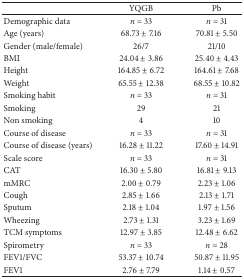
|  | YQGB | Pb |
 | --- | --- | --- |
 | Demographic data | n = 33 | n = 31 |
 | Age (years) | 68.73 ± 7.16 | 70.81 ± 5.50 |
 | Gender (male/female) | 26/7 | 21/10 |
 | BMI | 24.04 ± 3.86 | 25.40 ± 4.43 |
 | Height | 164.85 ± 6.72 | 164.61 ± 7.68 |
 | Weight | 65.55 ± 12.38 | 68.55 ± 10.82 |
 | Smoking habit | n = 33 | n = 31 |
 | Smoking | 29 | 21 |
 | Non smoking | 4 | 10 |
 | Course of disease | n = 33 | n = 31 |
 | Course of disease (years) | 16.28 ± 11.22 | 17.60 ± 14.91 |
 | Scale score | n = 33 | n = 31 |
 | CAT | 16.30 ± 5.80 | 16.81 ± 9.13 |
 | mMRC | 2.00 ± 0.79 | 2.23 ± 1.06 |
 | Cough | 2.85 ± 1.66 | 2.13 ± 1.71 |
 | Sputum | 2.18 ± 1.04 | 1.97 ± 1.56 |
 | Wheezing | 2.73 ± 1.31 | 3.23 ± 1.69 |
 | TCM symptoms | 12.97 ± 3.85 | 12.48 ± 6.62 |
 | Spirometry | n = 33 | n = 28 |
 | FEV1/FVC | 53.37 ± 10.74 | 50.87 ± 11.95 |
 | FEV1 | 2.76 ± 7.79 | 1.14 ± 0.57 |